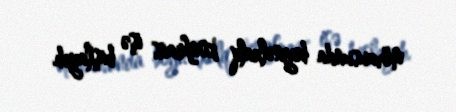
mövzusunda beynəlxalq konfrans işə başlayıb.